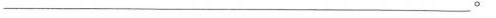
___。